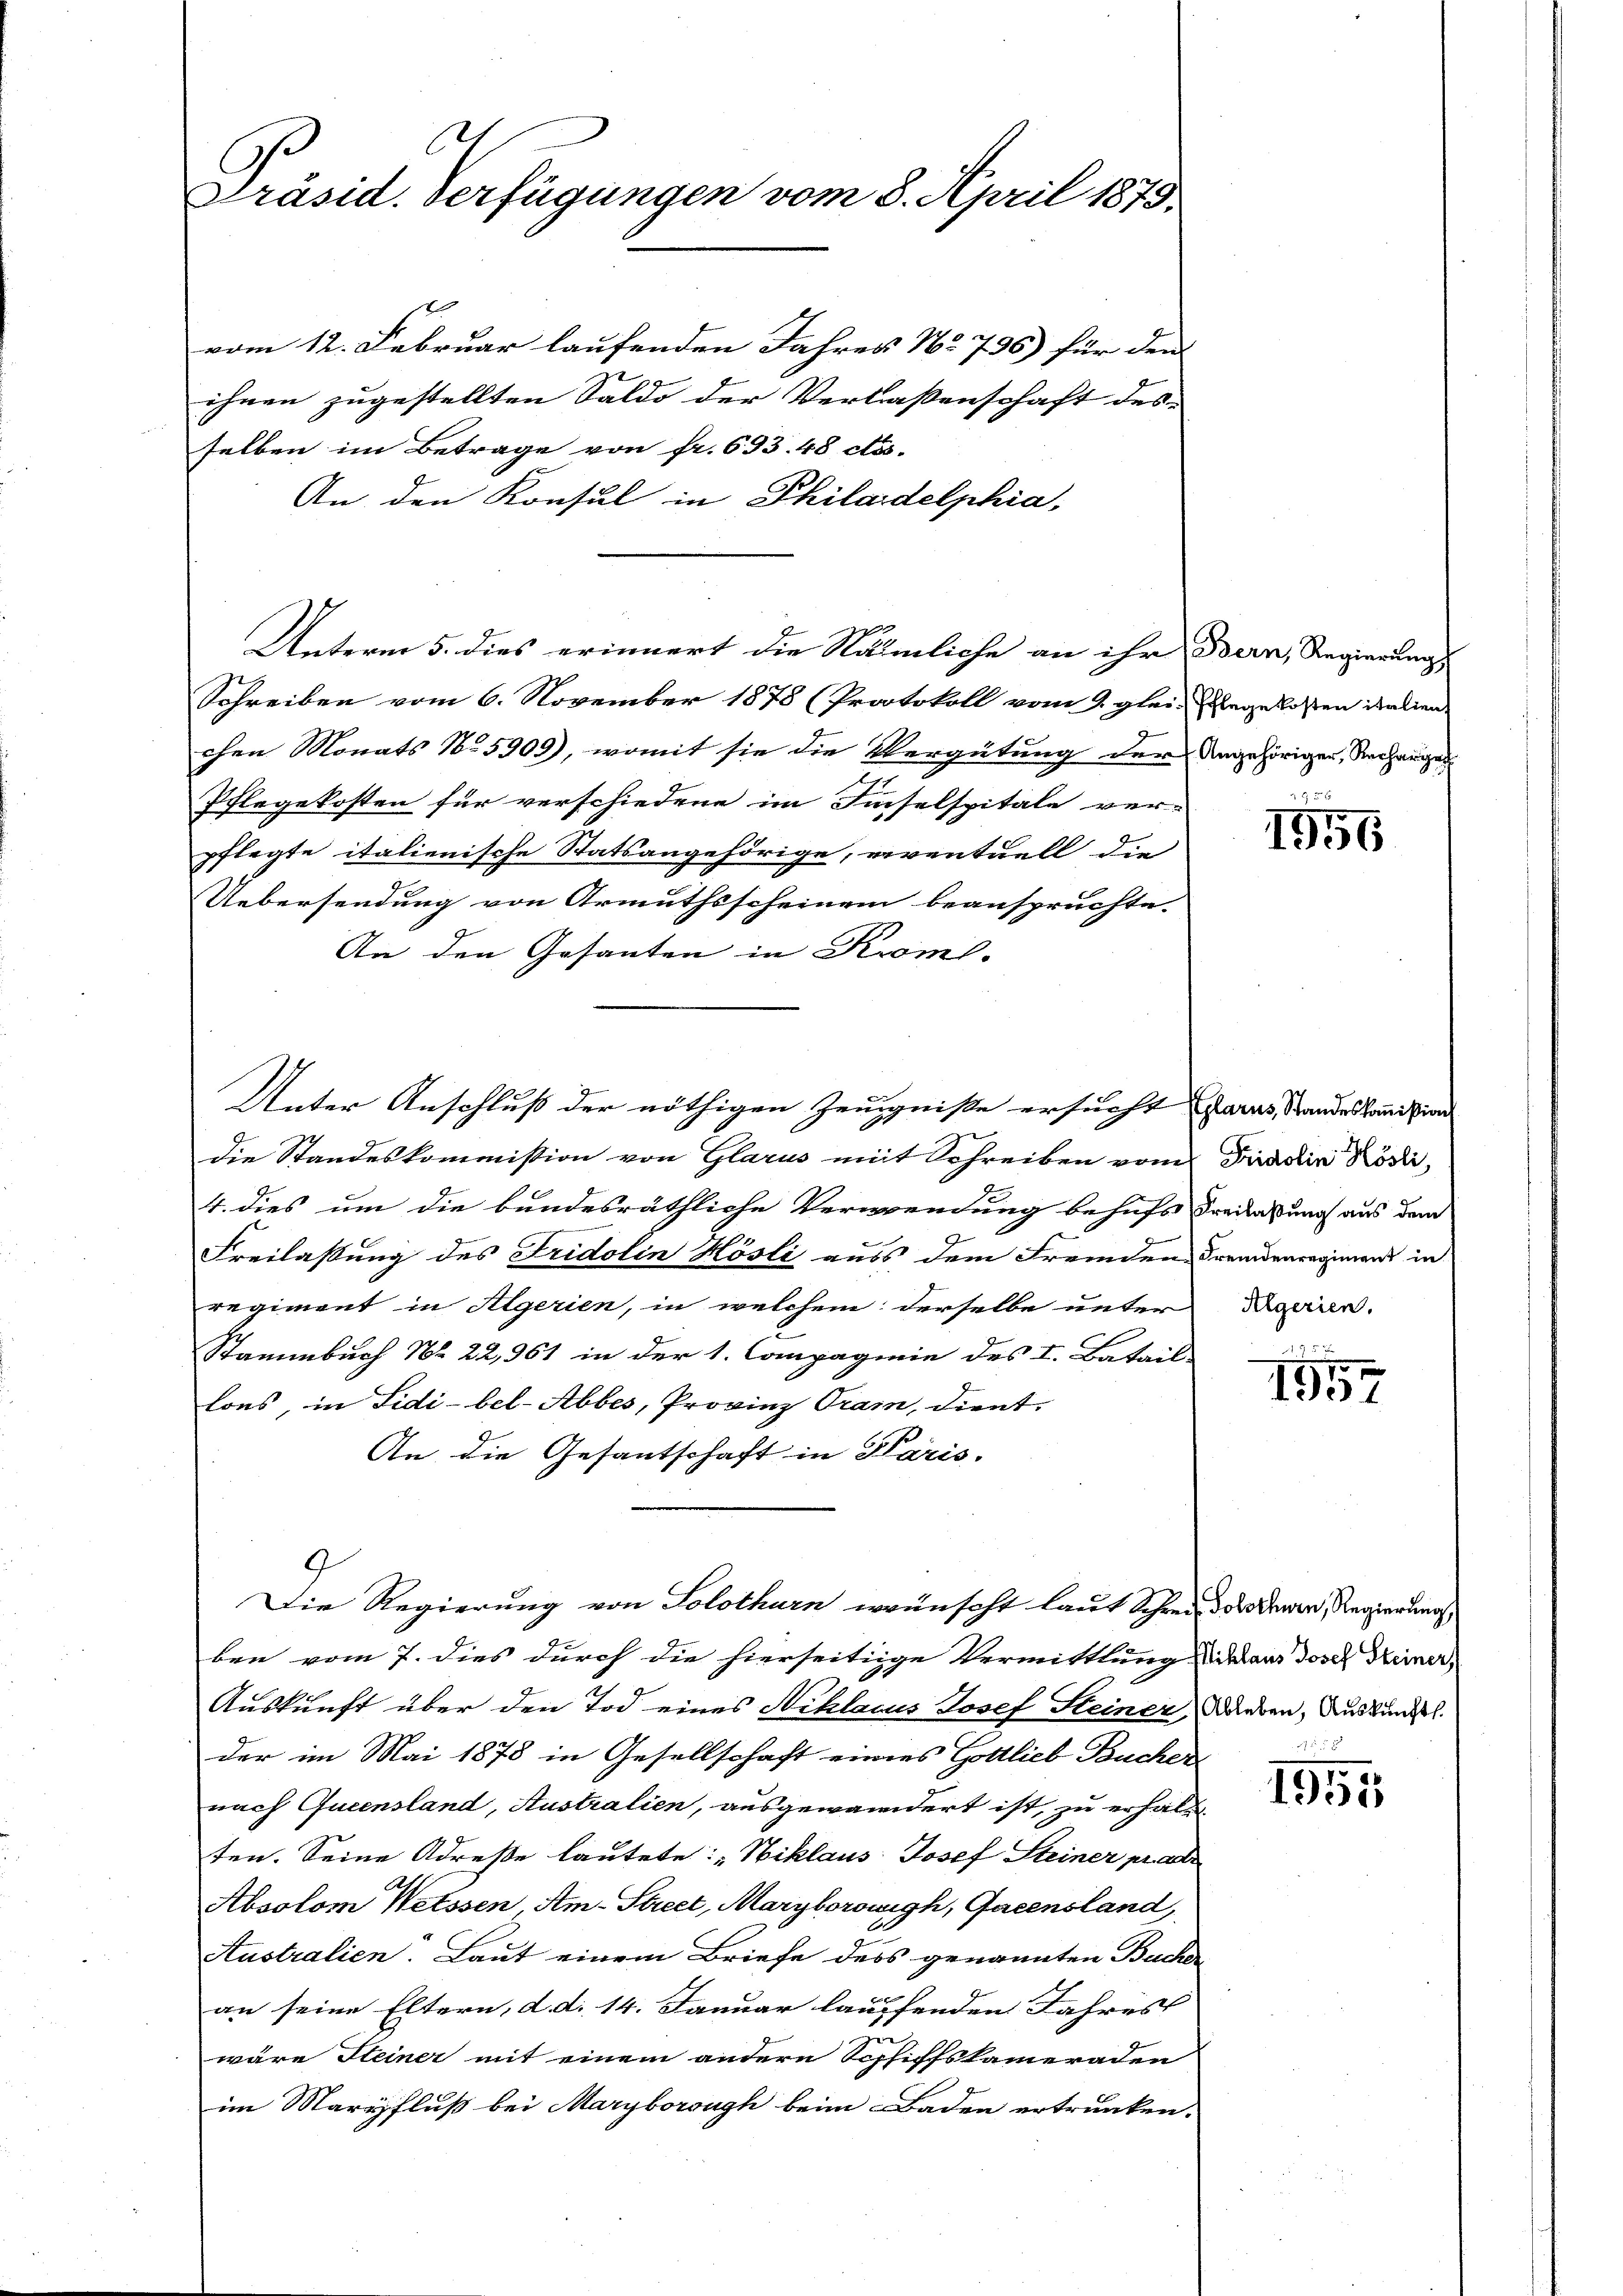
l
Präsid. Verfügungen vom 8. April 1875.

vom 12. Februar laufenden Jahres No 736) für den
ihnen zugestellten Saldo der Verlassenschaft des
selben im Betrage von fr. 693. 48 ctés.
An den Konsul in Philadelphia
Schreiben vom 6. November 1878 (Protokoll vom 2. glei- Ehegekosten italien
chen Monats No 5909), womit sie die Vergütung der Angehörigen, Rechanges
Pflegekosten für verschiedene im Inselspitale ver-
pflegte italienische Statsangehörige, eventuell die
Uebersendung von Armuthsscheinem beanspruchte.
An den Gesanten in Kroml.
die Standeskommission von Glarus mit Schreiben vom
4. dies um die bundesräthliche Verwendung behufs Freilaßung aus dem
Freilassung des Fridolin Hösli auss dem Fremden Fremdenregimens in
regiment in Algerien, in welchem derselbe unter
Stammbuch No. 22,961 in der 1. Compagnie des I. Batail
lons, in Sidi-bel-Abbes, Provinz Tram, dient.
An die Gesantschaft in Paris.
Die Regierung von Solothurn wünscht laut Schreit der Dauer, Regierung
ben vom 7. dies durch die hierseitige Vermittlung die aus dose Meiner,
Auskunft über den Tod eines Niklacus Josef Steiner, wurden, Auskunde.
der im Mai 1878 in Gesellschaft eines Gottlieb Bucher
nach Gucensland, Australien, ausgewandert ist, zu erhalt
ten. Seine Adrese lautete: „Niklaus Josef Steiner prach
Absolom Weissen, Am-Street, Maryborowigh, Gacensland,
Australien. Laut einem Briefe dess genannten Buchdr
an seine Eltern, d. d. 14. Januar lauffenden Jahres
un
wäre Steiner mit einem andern Schiffskameraden
im Margpfluß bei Maryborsuch beim Baden ertrunken.

Unterm 5. dies erinnert die Nämliche an ihr Bern, Regierung

Unter Anschluß der nöthigen Zeugniße ersucht parat, Standeskommißions

1956

Fridolin Kösli,
Algerien.

e
1552

1955